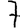
Digit: 7